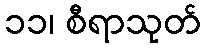
၁၁၊ စီရာသုတ်